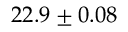
2 2 . 9 \pm 0 . 0 8